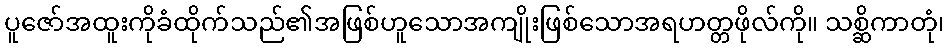
ပူဇော်အထူးကိုခံထိုက်သည်၏အဖြစ်ဟူသောအကျိုးဖြစ်သောအရဟတ္တဖိုလ်ကို။ သစ္ဆိကာတုံ၊